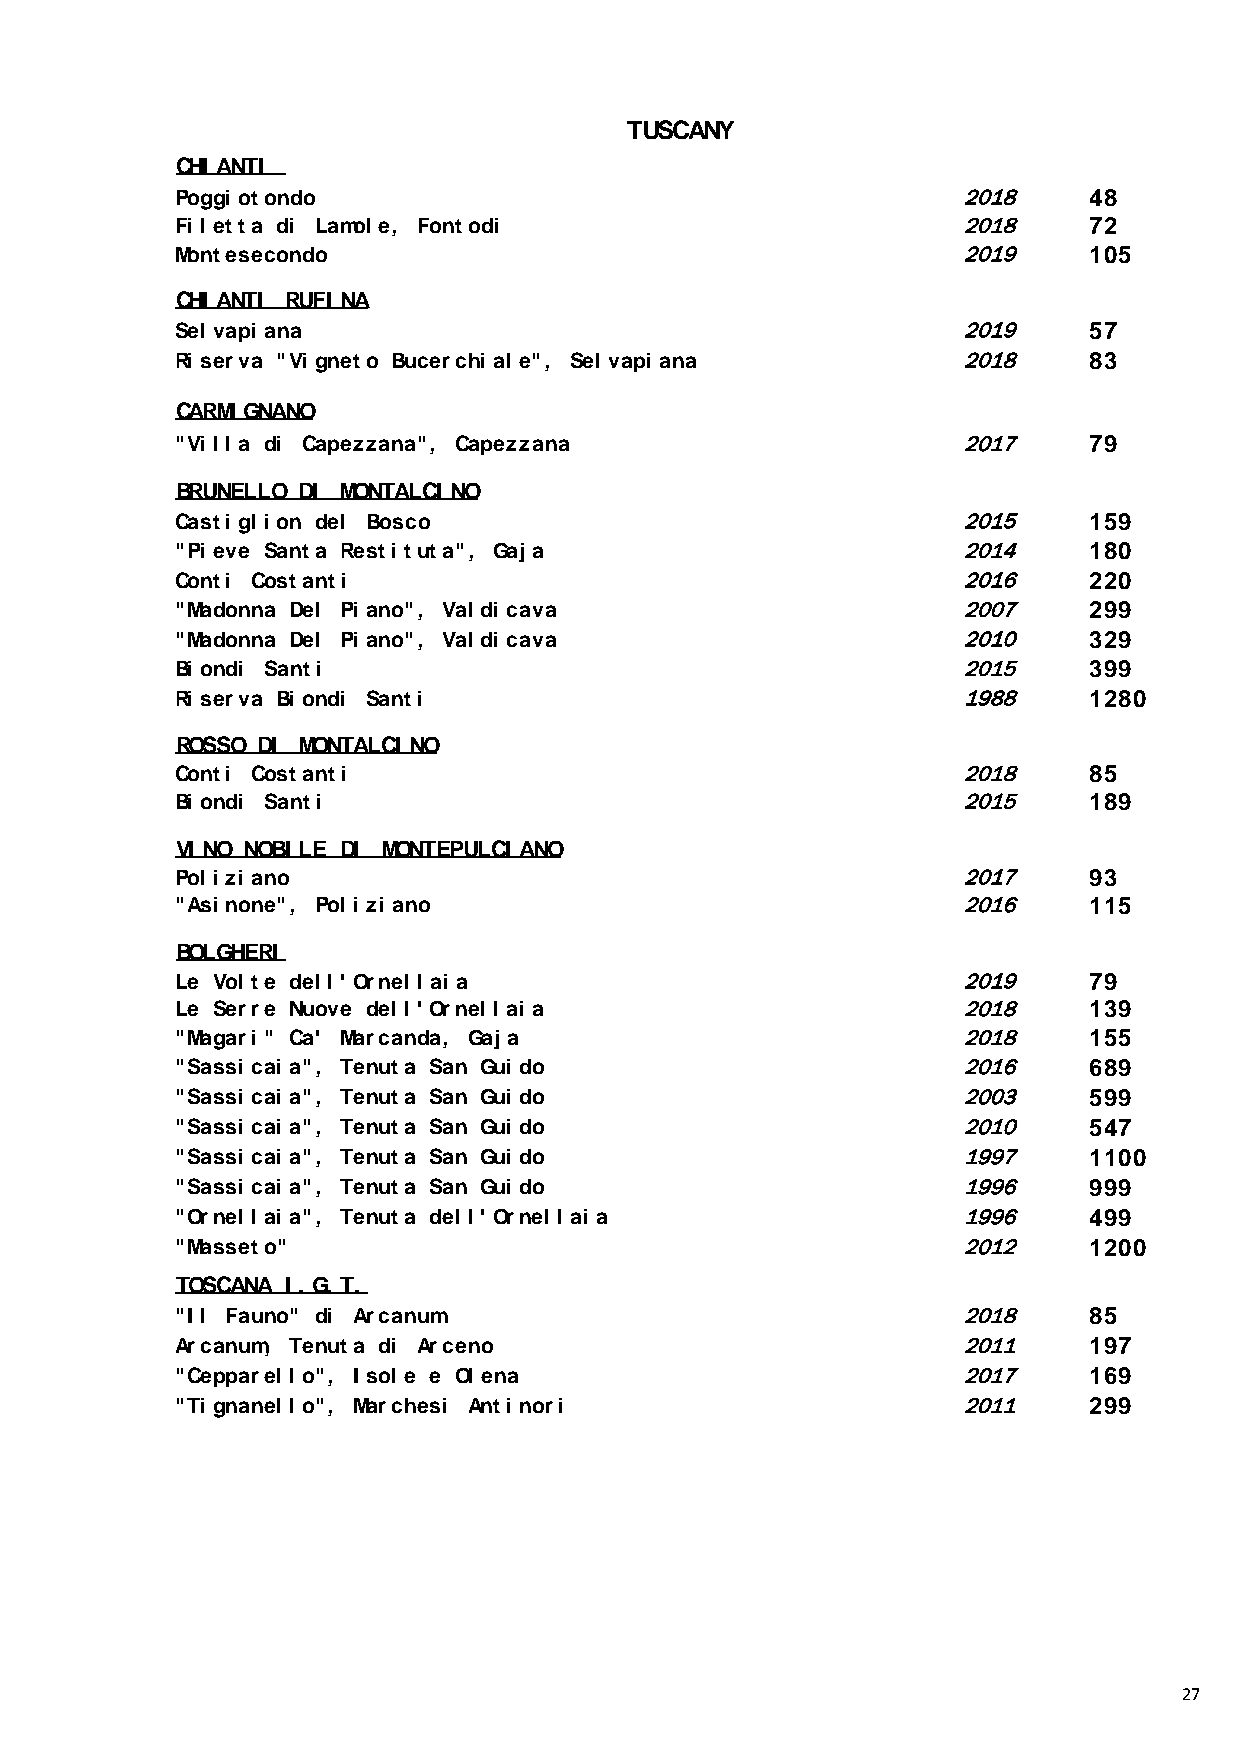
TUSCANY
 CHI ANTI
 Poggi otondo                                        2018     48
 Fi l etta di Lamol e, Fontodi                       2018     72
 Montesecondo                                        2019     105
 CHI ANTI RUFI NA
 Sel vapi ana                                        2019     57
 Ri serva "Vi gneto Bucerchi al e", Sel vapi ana     2018     83
 CARMI GNANO
 "Vi l l a di Capezzana", Capezzana                  2017     79
 BRUNELLO DI MONTALCI NO
 Casti gl i on del Bosco                             2015     159
 "Pi eve Santa Resti tuta", Gaj a                    2014     180
 Conti Costanti                                      2016     220
 "Madonna Del Pi ano", Val di cava                   2007     299
 "Madonna Del Pi ano", Val di cava                   2010     329
 Bi ondi Santi                                       2015     399
 Ri serva Bi ondi Santi                              1988     1280
 ROSSO DI MONTALCI NO
 Conti Costanti                                      2018     85
 Bi ondi Santi                                       2015     189
 VI NO NOBI LE DI MONTEPULCI ANO
 Pol i zi ano                                        2017     93
 "Asi none", Pol i zi ano                            2016     115
 BOLGHERI
 Le Vol te del l ' Ornel l ai a                      2019     79
 Le Serre Nuove del l ' Ornel l ai a                 2018     139
 "Magari " Ca' Marcanda, Gaj a                       2018     155
 "Sassi cai a", Tenuta San Gui do                    2016     689
 "Sassi cai a", Tenuta San Gui do                    2003     599
 "Sassi cai a", Tenuta San Gui do                    2010     547
 "Sassi cai a", Tenuta San Gui do                    1997     1100
 "Sassi cai a", Tenuta San Gui do                    1996     999
 "Ornel l ai a", Tenuta del l ' Ornel l ai a         1996     499
 "Masseto"                                           2012     1200
 TOSCANA I . G. T.
 "I l Fauno" di Arcanum                              2018     85
 Arcanum, Tenuta di Arceno                           2011     197
 "Cepparel l o", I sol e e Ol ena                    2017     169
 "Ti gnanel l o", Marchesi Anti nori                 2011     299
 27